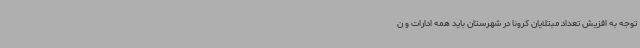
توجه به افزیش تعداد مبتلایان کرونا در شهرستان باید همه ادارات و ن